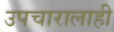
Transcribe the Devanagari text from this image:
उपचारालाही